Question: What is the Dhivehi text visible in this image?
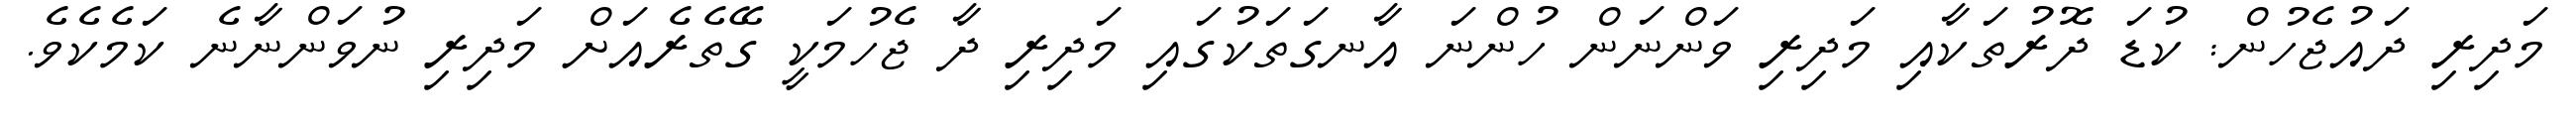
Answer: މަދިރި ދައުޖެހުން: ކުޑަ ދޮރުތަކާއި މަދިރި ވަންނަން ހުންނަ އާނގަތަކުގައި މަދިރި ދާ ޖެހުމަކީ ގޭތެރެއަށް މަދިރި ނުވަންނާނެ ކަމެކެވެ.